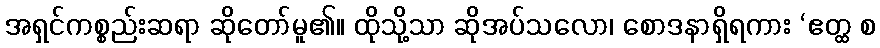
အရှင်ကစ္စည်းဆရာ ဆိုတော်မူ၏။ ထိုသို့သာ ဆိုအပ်သလော၊ စောဒနာရှိရကား ‘ဧတ္ထ စ